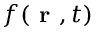
f ( \textbf { r } , t )